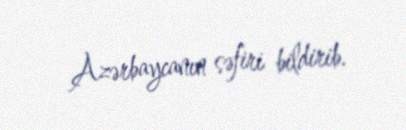
Azərbaycanın səfiri bildirib.